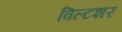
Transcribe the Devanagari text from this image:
विल्टशर